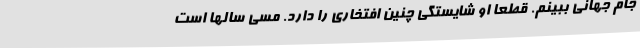
جام جهانی ببینم. قطعا او شایستگی چنین افتخاری را دارد. مسی سالها است